Annual administration report of the Civil Veterinary Department of India - 1908-1909
Year: 1908
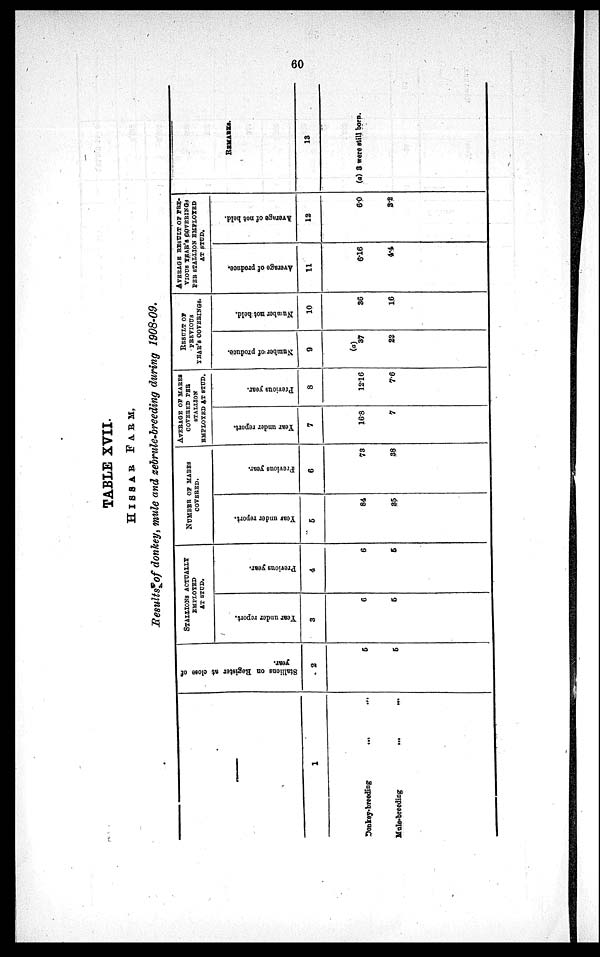
60
TABLE XVII.
HISSAR
FARM.
Results of donkey, mule and zebrule-breeding during 1908-09.
—
1
Donkey-breeding
...
...
Mule-breeding ... ...
Stallions on Register at close of
year.
2
5
5
STALLIONS ACTUALLY
EMPLOYED
AT STUD.
Year
under report.
3
6
5
Previous year.
4
6
5
NUMBER OF MARES
COVERED.
Year under report.
5
84
35
Previous year.
6
73
38
AVERAGE OF MARES
COVERED PER
STALLION
EMPLOYED AT STUD.
Year under report.
7
16.8
7
Previous year.
8
12.16
7.6
RESULT OF
PREVIOUS
YEAR'S COVERINGS.
Number of produce.
9
(a)
37
22
Number not held.
10
36
16
AVERAGE RESULT OF PRE-
VIOUS YEAR'S COVERINGS
PER STALLION EMPLOYED
AT STUD.
Average of produce.
11
6.16
4.4
Average of not held.
12
6.0
3.2
REMARKS.
13
(a) 3 were still born.